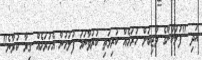
އަދި "ފުލުހުންގެ ވާޖިބަށް ހުރަހެއް ކުރިމަތި ކުރުވާނަމަ ފުލުހުން އެހުރަހެއް ގިރާ ކުރާނެ"